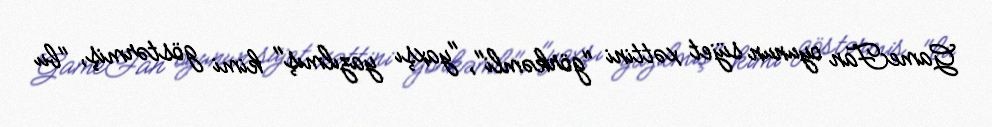
GameFan oyunun süjet xəttini "görkəmli", "yaxşı yazılmış" kimi göstərmiş, "bu